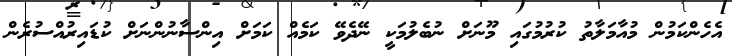
އެހެންކަމުން މުއާމަލާތު ކުރުމުގައި މޫނަށް ނުބެލުމަކީ ނޭދެވޭ ކަމެއް ކަމަށް އިންސާނުންނަށް ކުޑައިރުއްސުރެން